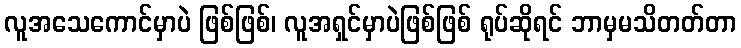
လူအသေကောင်မှာပဲ ဖြစ်ဖြစ်၊ လူအရှင်မှာပဲဖြစ်ဖြစ် ရုပ်ဆိုရင် ဘာမှမသိတတ်တာ